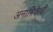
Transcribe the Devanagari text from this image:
अनामिकेची